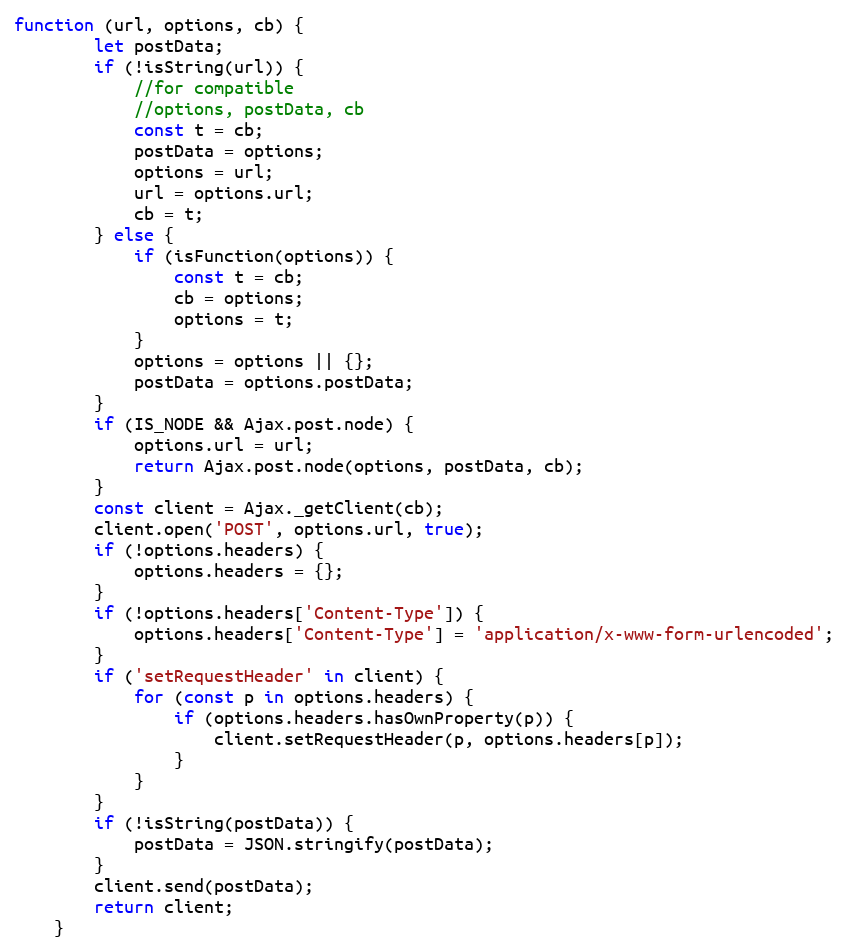
Language: JavaScript
function (url, options, cb) {
        let postData;
        if (!isString(url)) {
            //for compatible
            //options, postData, cb
            const t = cb;
            postData = options;
            options = url;
            url = options.url;
            cb = t;
        } else {
            if (isFunction(options)) {
                const t = cb;
                cb = options;
                options = t;
            }
            options = options || {};
            postData = options.postData;
        }
        if (IS_NODE && Ajax.post.node) {
            options.url = url;
            return Ajax.post.node(options, postData, cb);
        }
        const client = Ajax._getClient(cb);
        client.open('POST', options.url, true);
        if (!options.headers) {
            options.headers = {};
        }
        if (!options.headers['Content-Type']) {
            options.headers['Content-Type'] = 'application/x-www-form-urlencoded';
        }
        if ('setRequestHeader' in client) {
            for (const p in options.headers) {
                if (options.headers.hasOwnProperty(p)) {
                    client.setRequestHeader(p, options.headers[p]);
                }
            }
        }
        if (!isString(postData)) {
            postData = JSON.stringify(postData);
        }
        client.send(postData);
        return client;
    }